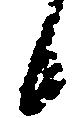
候